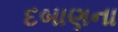
દબાણના